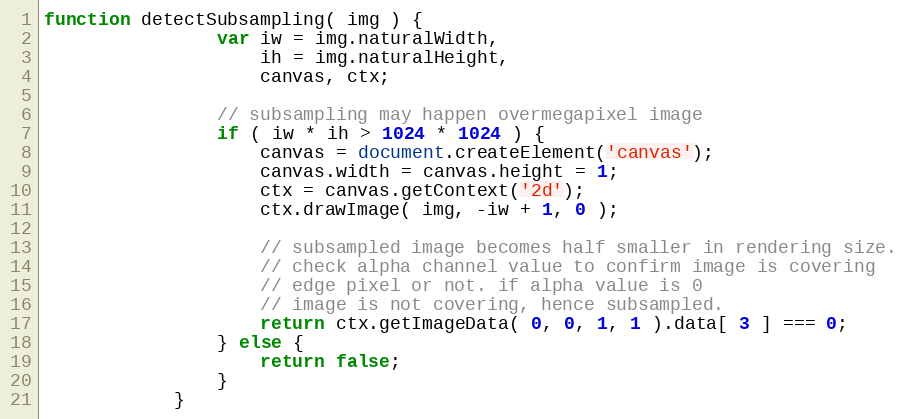
Language: JavaScript
function detectSubsampling( img ) {
                var iw = img.naturalWidth,
                    ih = img.naturalHeight,
                    canvas, ctx;

                // subsampling may happen overmegapixel image
                if ( iw * ih > 1024 * 1024 ) {
                    canvas = document.createElement('canvas');
                    canvas.width = canvas.height = 1;
                    ctx = canvas.getContext('2d');
                    ctx.drawImage( img, -iw + 1, 0 );

                    // subsampled image becomes half smaller in rendering size.
                    // check alpha channel value to confirm image is covering
                    // edge pixel or not. if alpha value is 0
                    // image is not covering, hence subsampled.
                    return ctx.getImageData( 0, 0, 1, 1 ).data[ 3 ] === 0;
                } else {
                    return false;
                }
            }